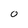
Character: O